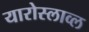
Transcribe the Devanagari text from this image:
यारोस्लाव्ल